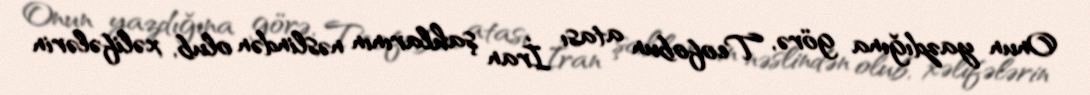
Onun yazdığına görə, Teofobun atası İran şahlarının nəslindən olub, xəlifələrin